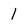
Character: 1